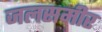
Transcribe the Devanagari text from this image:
जलसमीर